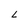
Character: L